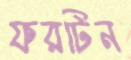
ফরটিন